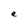
Character: e